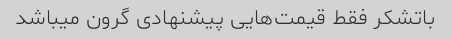
باتشکر فقط قیمت‌هایی پیشنهادی گرون میباشد